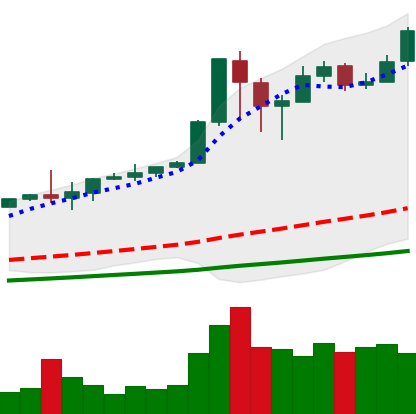
Ticker: BTC-USD
Chart end date: 2017-12-16
Forward return: -18.949%
Label: down_7plus